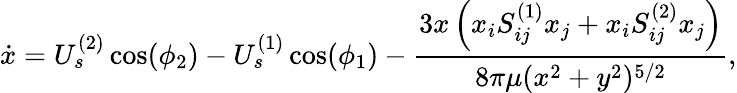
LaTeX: \dot{x}=U_{s}^{(2)}\cos(\phi_{2})-U_{s}^{(1)}\cos(\phi_{1})-\frac{3x\left(x_{i}S_{ij}^{(1)}x_{j}+x_{i}S_{ij}^{(2)}x_{j}\right)}{8\pi\mu(x^{2}+y^{2})^{5/2}},